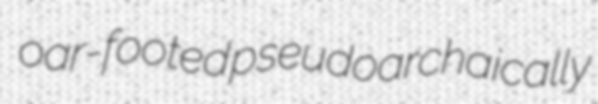
oar-footed pseudoarchaically